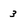
Character: 3